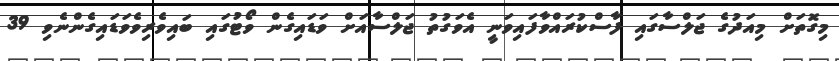
މިގޮތަށް މިއަދުގެެ ޖަލްސާގައި ފާސްކުރައްވާފައިވަނީ އެވަގުތު ޖަލްސާއަށް ވަޑައިގެން ވޯޓުގައި ބައިވެރިވެވަޑައިގެންނެވި 39